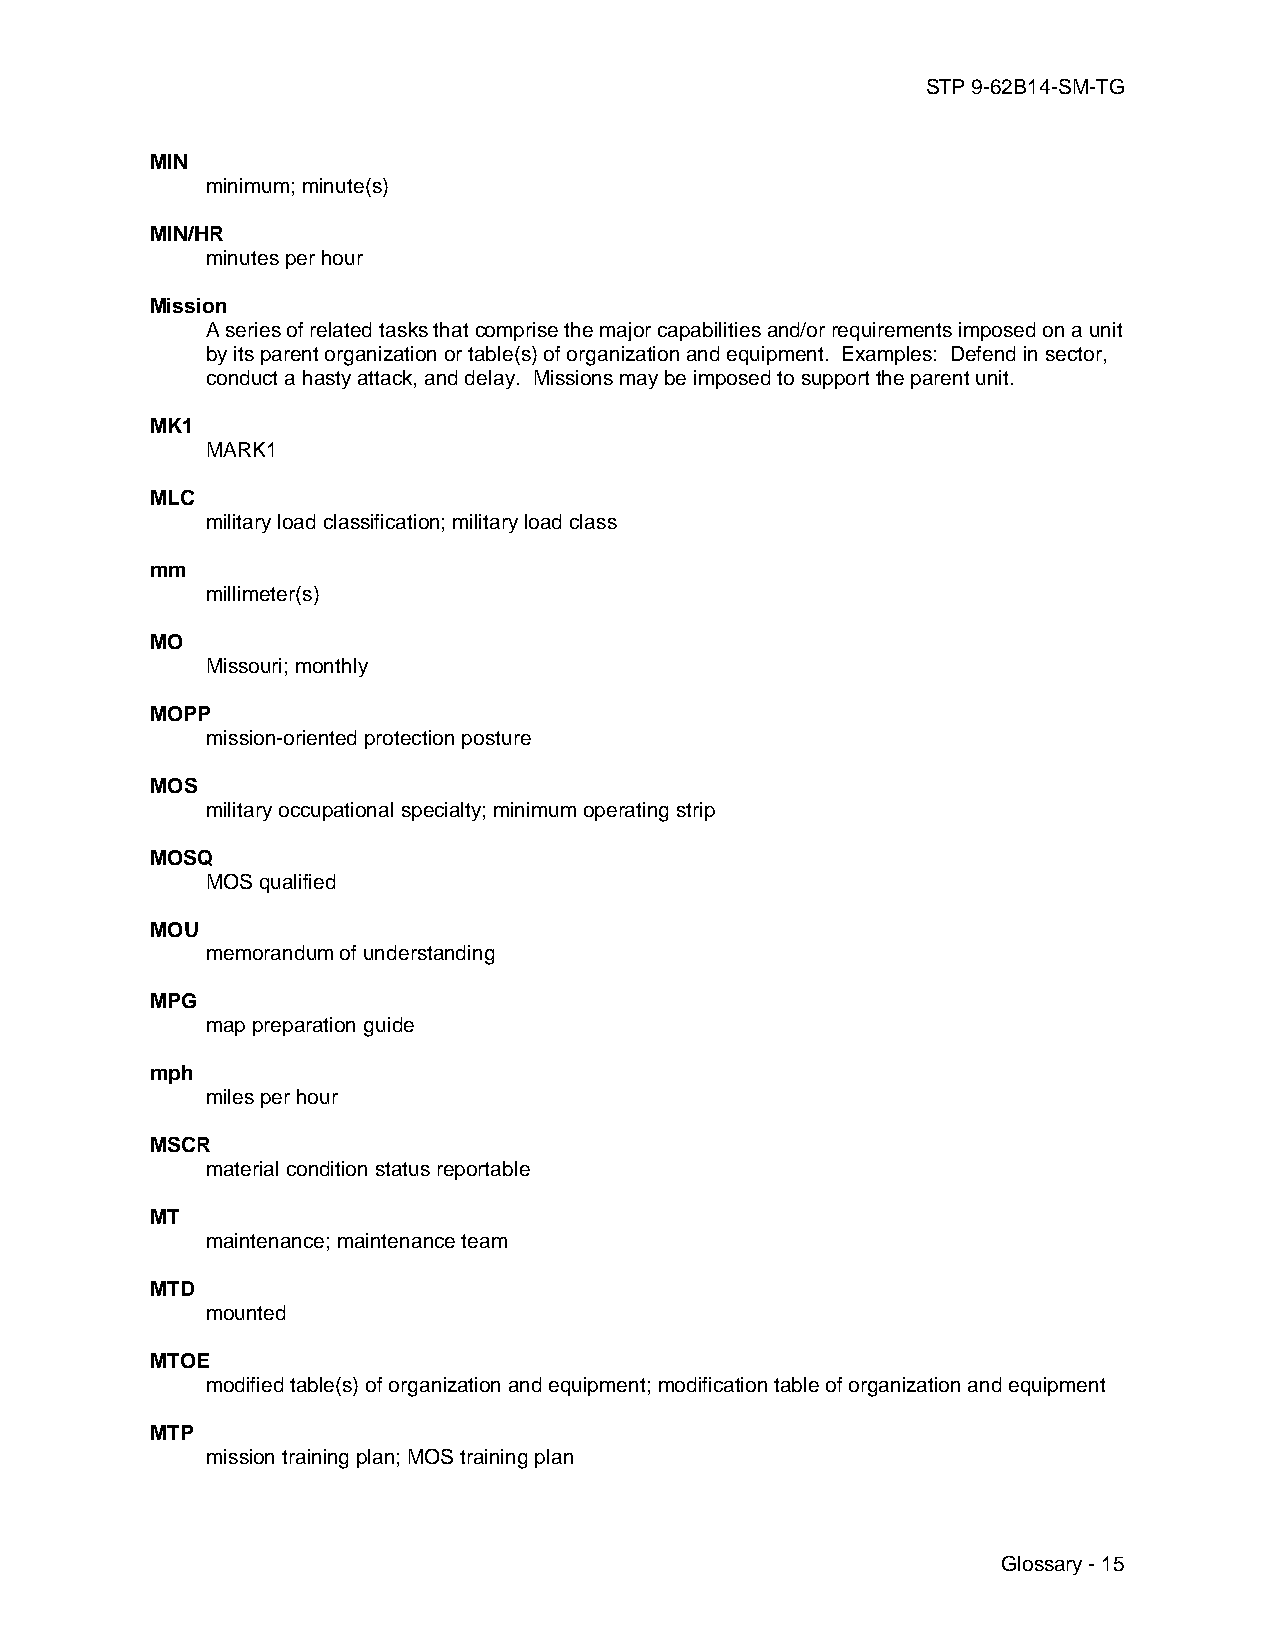
STP 9-62B14-SM-TG
 MIN
 minimum; minute(s)
 MIN/HR
 minutes per hour
 Mission
 A series of related tasks that comprise the major capabilities and/or requirements imposed on a unit
 by its parent organization or table(s) of organization and equipment. Examples: Defend in sector,
 conduct a hasty attack, and delay. Missions may be imposed to support the parent unit.
 MK1
 MARK1
 MLC
 military load classification; military load class
 mm
 millimeter(s)
 MO
 Missouri; monthly
 MOPP
 mission-oriented protection posture
 MOS
 military occupational specialty; minimum operating strip
 MOSQ
 MOS qualified
 MOU
 memorandum of understanding
 MPG
 map preparation guide
 mph
 miles per hour
 MSCR
 material condition status reportable
 MT
 maintenance; maintenance team
 MTD
 mounted
 MTOE
 modified table(s) of organization and equipment; modification table of organization and equipment
 MTP
 mission training plan; MOS training plan
 Glossary - 15